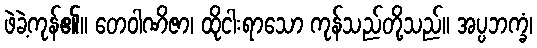
ဖဲခဲ့ကုန်၏။ တေဝါဏိဇာ၊ ထိုငါးရာသော ကုန်သည်တို့သည်။ အပ္ပဘက္ခံ၊